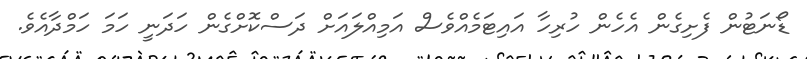
ޑޯނަޓުން ފެށިގެން އެހެން ހުރިހާ އައިޓަމެއްވެސް އަމިއްލައަށް ދަސްކޮށްގެން ހަދަނީ ހަމަ ހަމްދާއެވެ.